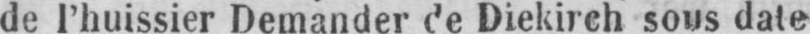
de l’huissier Demander de Diekirch sous date